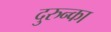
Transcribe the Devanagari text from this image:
दुरुन्का